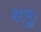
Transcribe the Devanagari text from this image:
शत्रुः